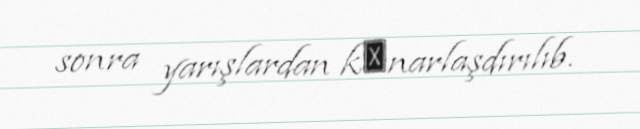
sonra yarışlardan kәnarlaşdırılıb.